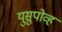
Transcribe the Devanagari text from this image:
युसुपोव्ह